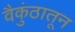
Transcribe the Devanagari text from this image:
वैकुंठातून